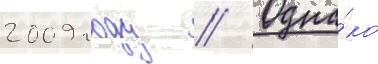
2009 году // Одна́ко